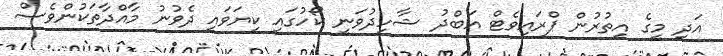
އަދި މީގެ އިތުރުން ޕްރައިވެޓް އަބްދު ޝާހިދުވަނީ ކޯހުގައި ކިޔަވައި ދެވުނު މާއްދާތަކުންވެސް